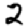
Digit: 2